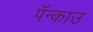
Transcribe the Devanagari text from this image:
पॅन्काउ